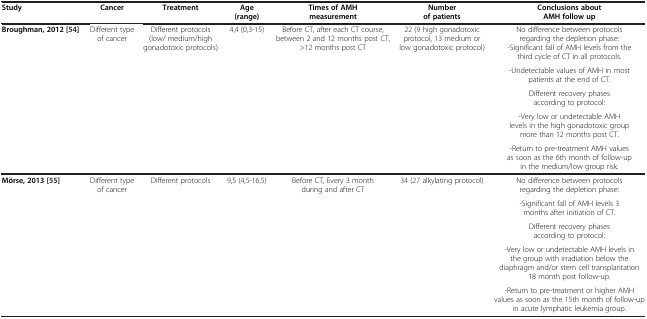
<table><thead><tr><td><b>Study</b></td><td><b>Cancer</b></td><td><b>Treatment</b></td><td><b>Age (range)</b></td><td><b>Times of AMH measurement</b></td><td><b>Number of patients</b></td><td><b>Conclusions about AMH follow up</b></td></tr></thead><tbody><tr><td rowspan="5"><b>Broughman, 2012 </b>[54]</td><td rowspan="5">Different type of cancer</td><td rowspan="5">Different protocols (low/ medium/high gonadotoxic protocols)</td><td rowspan="5">4,4 (0,3-15)</td><td rowspan="5">Before CT, after each CT course, between 2 and 12 months post CT, &gt;12 months post CT</td><td rowspan="5">22 (9 high gonadotoxic protocol, 13 medium or low gonadotoxic protocol)</td><td>No difference between protocols regarding the depletion phase:</td></tr><tr><td>-Significant fall of AMH levels from the third cycle of CT in all protocols.</td></tr><tr><td>-Undetectable values of AMH in most patients at the end of CT.</td></tr><tr><td>Different recovery phases according to protocol:</td></tr><tr><td>-Very low or undetectable AMH levels in the high gonadotoxic group more than 12 months post CT.</td></tr><tr><td> </td><td> </td><td> </td><td> </td><td> </td><td> </td><td>-Return to pre-treatment AMH values as soon as the 6th month of follow-up in the medium/low group risk.</td></tr><tr><td rowspan="4"><b>Mörse, 2013 </b>[55]</td><td rowspan="4">Different type of cancer</td><td rowspan="4">Different protocols</td><td rowspan="4">9,5 (4,5-16,5)</td><td rowspan="4">Before CT, Every 3 month during and after CT</td><td rowspan="4">34 (27 alkylating protocol)</td><td>No difference between protocols regarding the depletion phase:</td></tr><tr><td>-Significant fall of AMH levels 3 months after initiation of CT.</td></tr><tr><td>Different recovery phases according to protocol:</td></tr><tr><td>-Very low or undetectable AMH levels in the group with irradiation below the diaphragm and/or stem cell transplantation 18 month post follow-up.</td></tr><tr><td> </td><td> </td><td> </td><td> </td><td> </td><td> </td><td>-Return to pre-treatment or higher AMH values as soon as the 15th month of follow-up in acute lymphatic leukemia group.</td></tr></tbody></table>